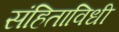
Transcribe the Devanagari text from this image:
संहिताविधी